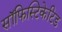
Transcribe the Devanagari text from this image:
सॉफिस्टिकेटिड